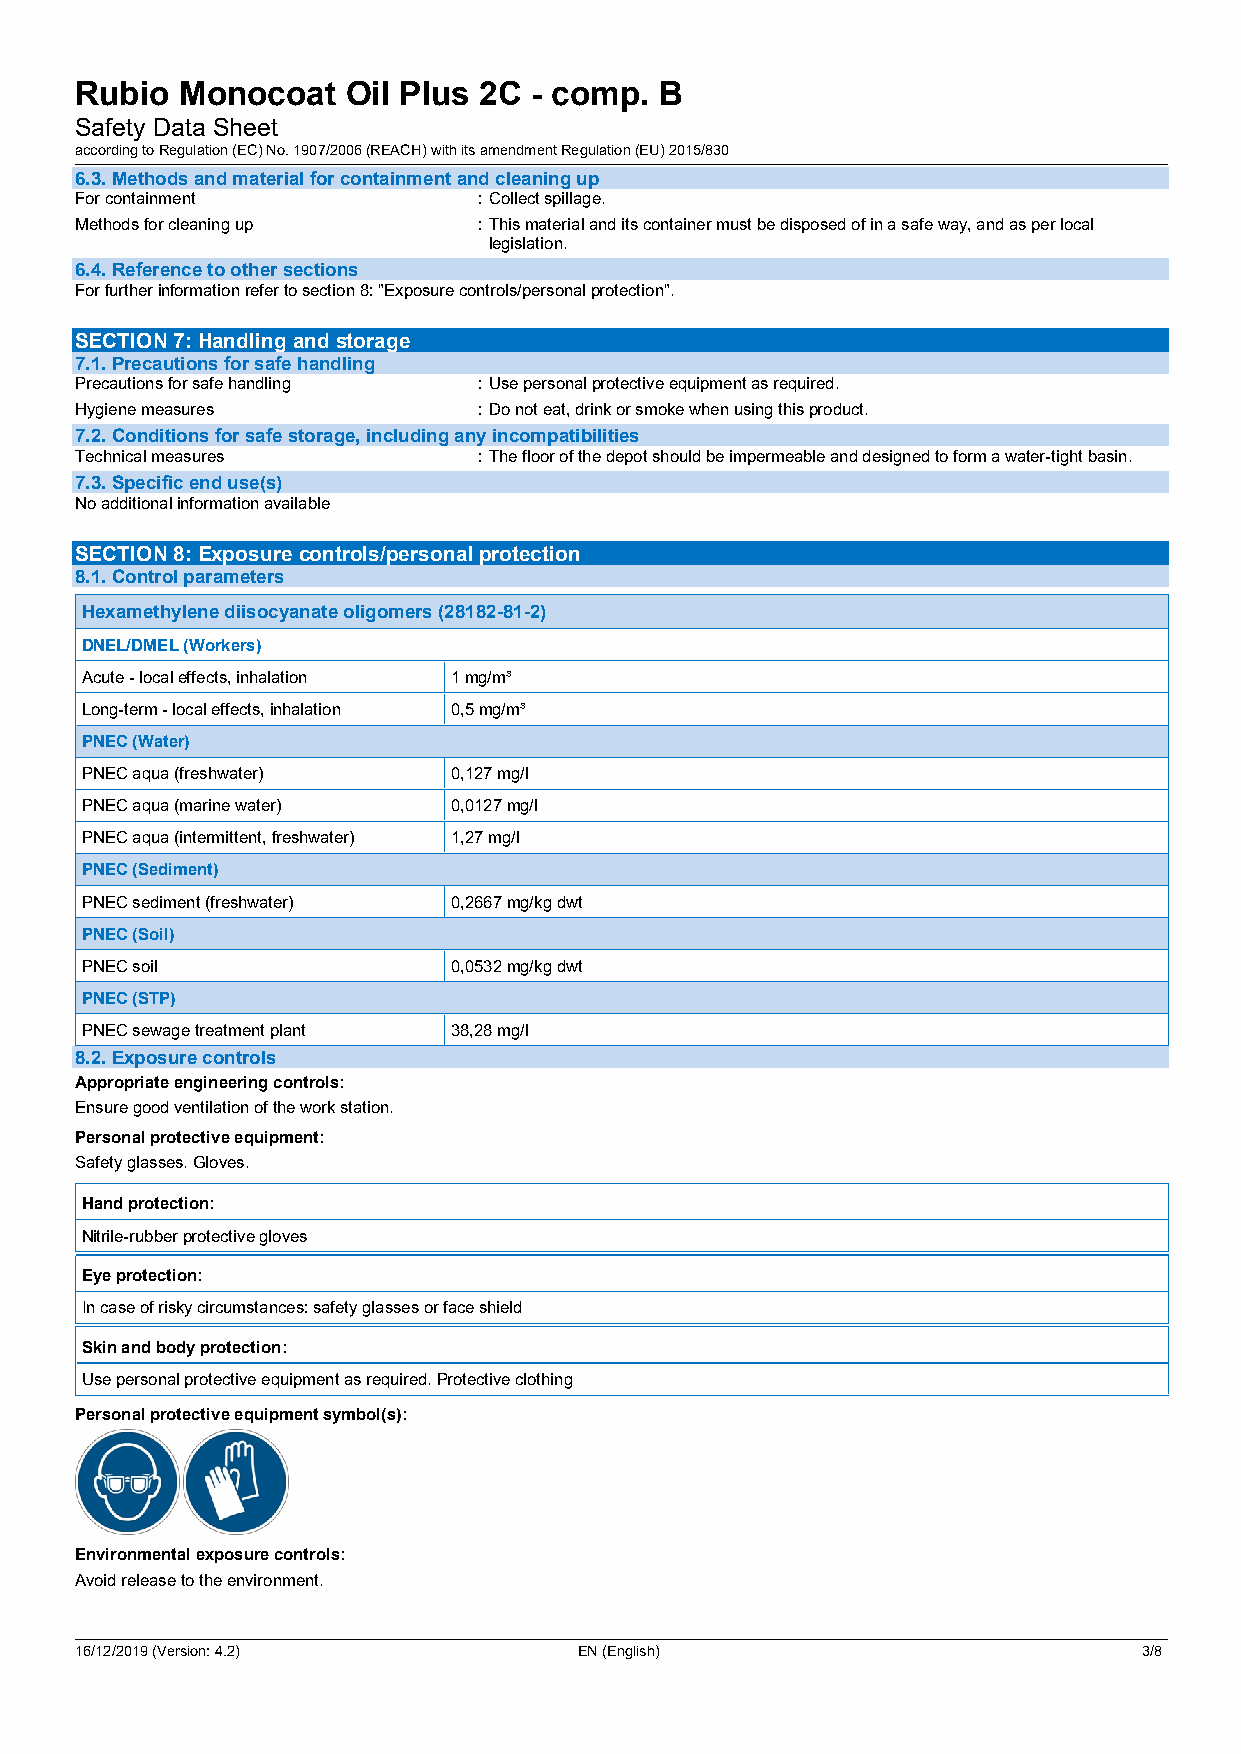
Rubio  Monocoat   Oil Plus 2C - comp.  B
 Safety Data Sheet
 according to Regulation (EC) No. 1907/2006 (REACH) with its amendment Regulation (EU) 2015/830
 6.3. Methods and material for containment and cleaning up
 For containment            :Collect spillage.
 Methods for cleaning up    :This material and its container must be disposed of in a safe way, and as per local
 legislation.
 6.4. Reference to other sections
 For further information refer to section 8: "Exposure controls/personal protection".
 SECTION 7: Handling and storage
 7.1. Precautions for safe handling
 Precautions for safe handling :Use personal protective equipment as required.
 Hygiene measures           :Do not eat, drink or smoke when using this product.
 7.2. Conditions for safe storage, including any incompatibilities
 Technical measures         :The floor of the depot should be impermeable and designed to form a water-tight basin.
 7.3. Specific end use(s)
 No additional information available
 SECTION 8: Exposure controls/personal protection
 8.1. Control parameters
 Hexamethylene diisocyanate oligomers (28182-81-2)
 DNEL/DMEL (Workers)
 Acute - local effects, inhalation 1 mg/m³
 Long-term - local effects, inhalation 0,5 mg/m³
 PNEC (Water)
 PNEC aqua (freshwater)   0,127 mg/l
 PNEC aqua (marine water) 0,0127 mg/l
 PNEC aqua (intermittent, freshwater) 1,27 mg/l
 PNEC (Sediment)
 PNEC sediment (freshwater) 0,2667 mg/kg dwt
 PNEC (Soil)
 PNEC soil                0,0532 mg/kg dwt
 PNEC (STP)
 PNEC sewage treatment plant 38,28 mg/l
 8.2. Exposure controls
 Appropriate engineering controls:
 Ensure good ventilation of the work station.
 Personal protective equipment:
 Safety glasses. Gloves.
 Hand protection:
 Nitrile-rubber protective gloves
 Eye protection:
 In case of risky circumstances: safety glasses or face shield
 Skin and body protection:
 Use personal protective equipment as required. Protective clothing
 Personal protective equipment symbol(s):
 Environmental exposure controls:
 Avoid release to the environment.
 16/12/2019 (Version: 4.2)        EN (English)                          3/8